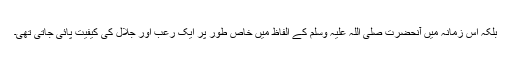
بلکہ اس زمانہ میں آنحضرت صلی اللہ علیہ وسلم کے الفاظ میں خاص طور پر ایک رعب اور جلال کی کیفیت پائی جاتی تھی۔